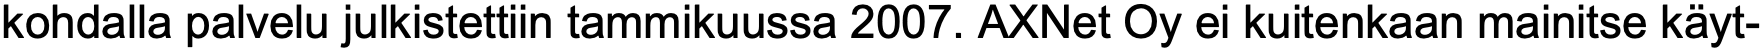
kohdalla palvelu julkistettiin tammikuussa 2007. AXNet Oy ei kuitenkaan mainitse käyt-